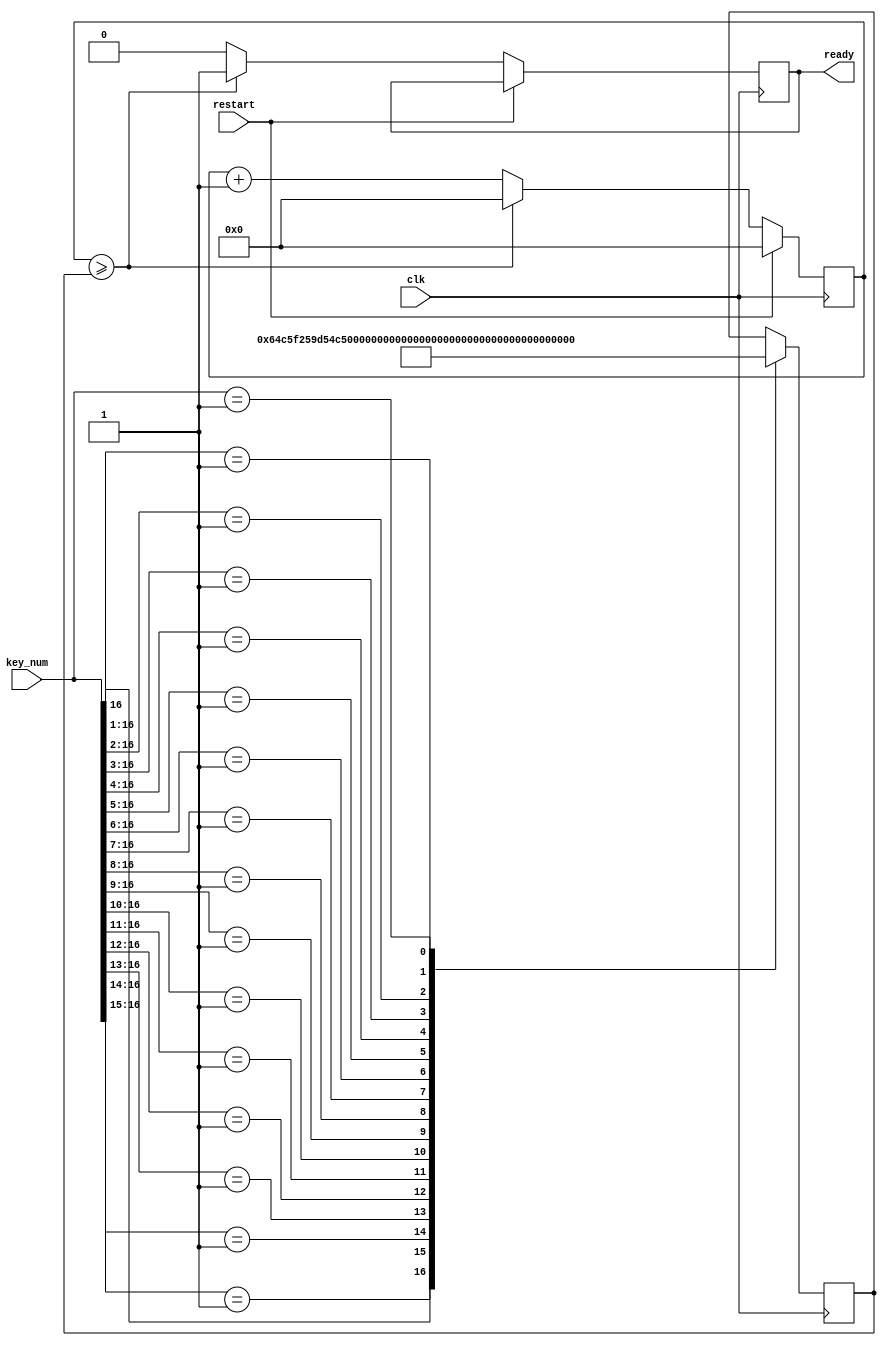
`timescale 1ns / 1ps
//////////////////////////////////////////////////////////////////////////////////
// Company: 
// Engineer: 
// 
// Design Name: 
// Module Name:    ready_generator 
// Project Name: 
// Target Devices: 
// Tool versions: 
// Description: 
//
// Dependencies: 
//
// Revision: 
// Revision 0.01 - File Created
// Additional Comments: 
//
//////////////////////////////////////////////////////////////////////////////////
module ready_generator(input clk,
	 input restart,
    input [16:0] key_num,
    output reg ready
    );
	 reg [11:0] divider_num = 0;
	 
	 reg [11:0] counter = 0;
        always @(posedge clk) begin
			  //casex allows x's to be don't cares
           casex (key_num)
				   17'b1_xxxx_xxxx_xxxx_xxxx: divider_num <= 1612; //C
				   17'b0_1xxx_xxxx_xxxx_xxxx: divider_num <= 1522; //C#
					17'b0_01xx_xxxx_xxxx_xxxx: divider_num <= 1437; //D
					17'b0_001x_xxxx_xxxx_xxxx: divider_num <= 1356; //Eb
				   17'b0_0001_xxxx_xxxx_xxxx: divider_num <= 1280; //E
					17'b0_0000_1xxx_xxxx_xxxx: divider_num <= 1208; //F
			
					17'b0_0000_01xx_xxxx_xxxx: divider_num <= 1140; //F#
				   17'b0_0000_001x_xxxx_xxxx: divider_num <= 1076; //G
					17'b0_0000_0001_xxxx_xxxx: divider_num <= 1016; //G#
					
					17'b0_0000_0000_1xxx_xxxx: divider_num <= 959; //A
				   17'b0_0000_0000_01xx_xxxx: divider_num <= 905; //Bb
					17'b0_0000_0000_001x_xxxx: divider_num <= 854; //B
					17'b0_0000_0000_0001_xxxx: divider_num <= 806; //C high
					
					17'b0_0000_0000_0000_1xxx: divider_num <= 761; //C#
					17'b0_0000_0000_0000_01xx: divider_num <= 718; //D
					17'b0_0000_0000_0000_001x: divider_num <= 678; //Eb
				   17'b0_0000_0000_0000_0001: divider_num <= 640; //E
				endcase
            counter <= counter + 1;
            if (restart) counter <= 0;
            else if (counter >= divider_num) begin
                ready <= 1;
                counter <= 0;
            end
            else ready <= 0;
         end
endmodule